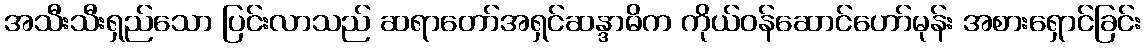
အသီးသီးရှည်သော ပြင်းလာသည် ဆရာတော်အရှင်ဆန္ဒာဓိက ကိုယ်ဝန်ဆောင်ဟော်မုန်း အစားရှောင်ခြင်း